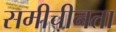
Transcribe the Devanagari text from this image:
समीचीनता